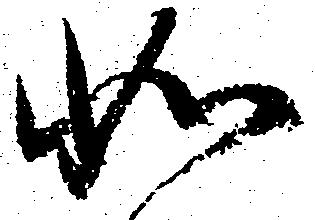
如